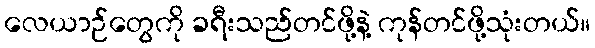
လေယာဉ်တွေကို ခရီးသည်တင်ဖို့နဲ့ ကုန်တင်ဖို့သုံးတယ်။